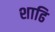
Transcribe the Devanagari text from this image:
शाढि